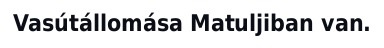
Vasútállomása Matuljiban van.